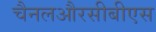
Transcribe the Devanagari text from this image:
चैनलऔरसीबीएस